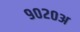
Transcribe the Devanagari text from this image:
९०२०अ